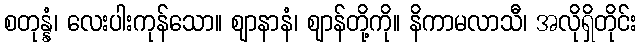
စတုန္နံ၊ လေးပါးကုန်သော။ ဈာနာနံ၊ ဈာန်တို့ကို။ နိကာမလာသီ၊ အလိုရှိတိုင်း